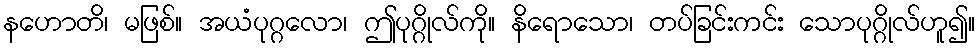
နဟောတိ၊ မဖြစ်။ အယံပုဂ္ဂလော၊ ဤပုဂ္ဂိုလ်ကို။ နိရောသော၊ တပ်ခြင်းကင်း သောပုဂ္ဂိုလ်ဟူ၍။